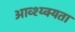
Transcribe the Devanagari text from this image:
आव्श्य्क्यता